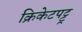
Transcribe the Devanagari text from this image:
क्रिकेटपट्टू